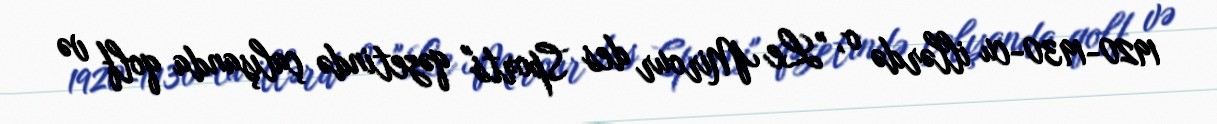
1920-1930-cu illərdə o, "Le Mirour des Sports" qəzetində çalışanda qolf və